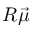
R \vec { \mu }